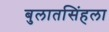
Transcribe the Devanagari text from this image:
बुलातसिंहला